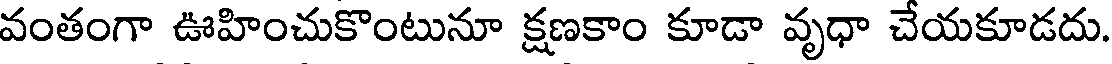
వంతంగా ఊహించుకొంటునూ క్షణకాం కూడా వృధా చేయకూడదు.